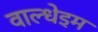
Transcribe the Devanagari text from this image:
वाल्धेइम